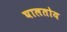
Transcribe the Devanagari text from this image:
घालतोय